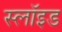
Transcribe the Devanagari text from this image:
स्लॉइड